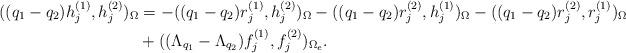
LaTeX: \begin{align*}((q_1 - q_2) h_j^{(1)}, h_j^{(2)})_{\Omega} &= -((q_1-q_2) r_j^{(1)}, h_j^{(2)})_{\Omega} -((q_1-q_2) r_j^{(2)}, h_j^{(1)})_{\Omega} -((q_1-q_2) r_j^{(2)}, r_j^{(1)})_{\Omega} \\& + ((\Lambda_{q_1}- \Lambda_{q_2})f_j^{(1)}, f_j^{(2)})_{\Omega_e}.\end{align*}